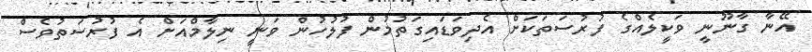
އޭނާ ގާނޫނީ ވަކީލެއްގެ ފުރުސަތަކަށް އެދިވަޑައިގަތުމުން ފުލުހުން ވަނީ ނިލާމްއަށް އެ ފުރުސަތުވެސް